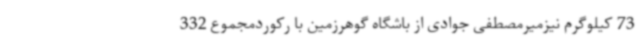
73 کیلوگرم نیزمیرمصطفی جوادی از باشگاه گوهرزمین با رکوردمجموع 332